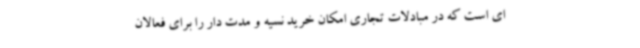
ای است که در مبادلات تجاری امکان خرید نسیه و مدت دار را برای فعالان